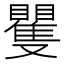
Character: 矍